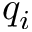
q _ { i }